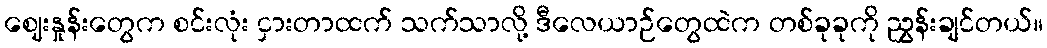
ဈေးနှုန်းတွေက စင်းလုံး ငှားတာထက် သက်သာလို့ ဒီလေယာဉ်တွေထဲက တစ်ခုခုကို ညွှန်းချင်တယ်။